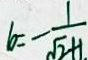
b = - \frac { 1 } { \sqrt { 2 } + 1 }